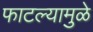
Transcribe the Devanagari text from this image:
फाटल्यामुळे